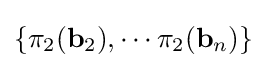
\{\pi _{2}(\mathbf {b} _{2}),\cdots \pi _{2}(\mathbf {b} _{n})\}